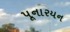
પૂનારયન